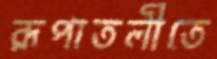
রূপাতলীতে